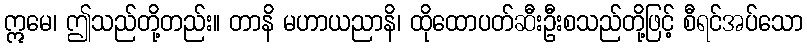
ဣမေ၊ ဤသည်တို့တည်း။ တာနိ မဟာယညာနိ၊ ထိုထောပတ်ဆီးဦးစသည်တို့ဖြင့် စီရင်အပ်သော